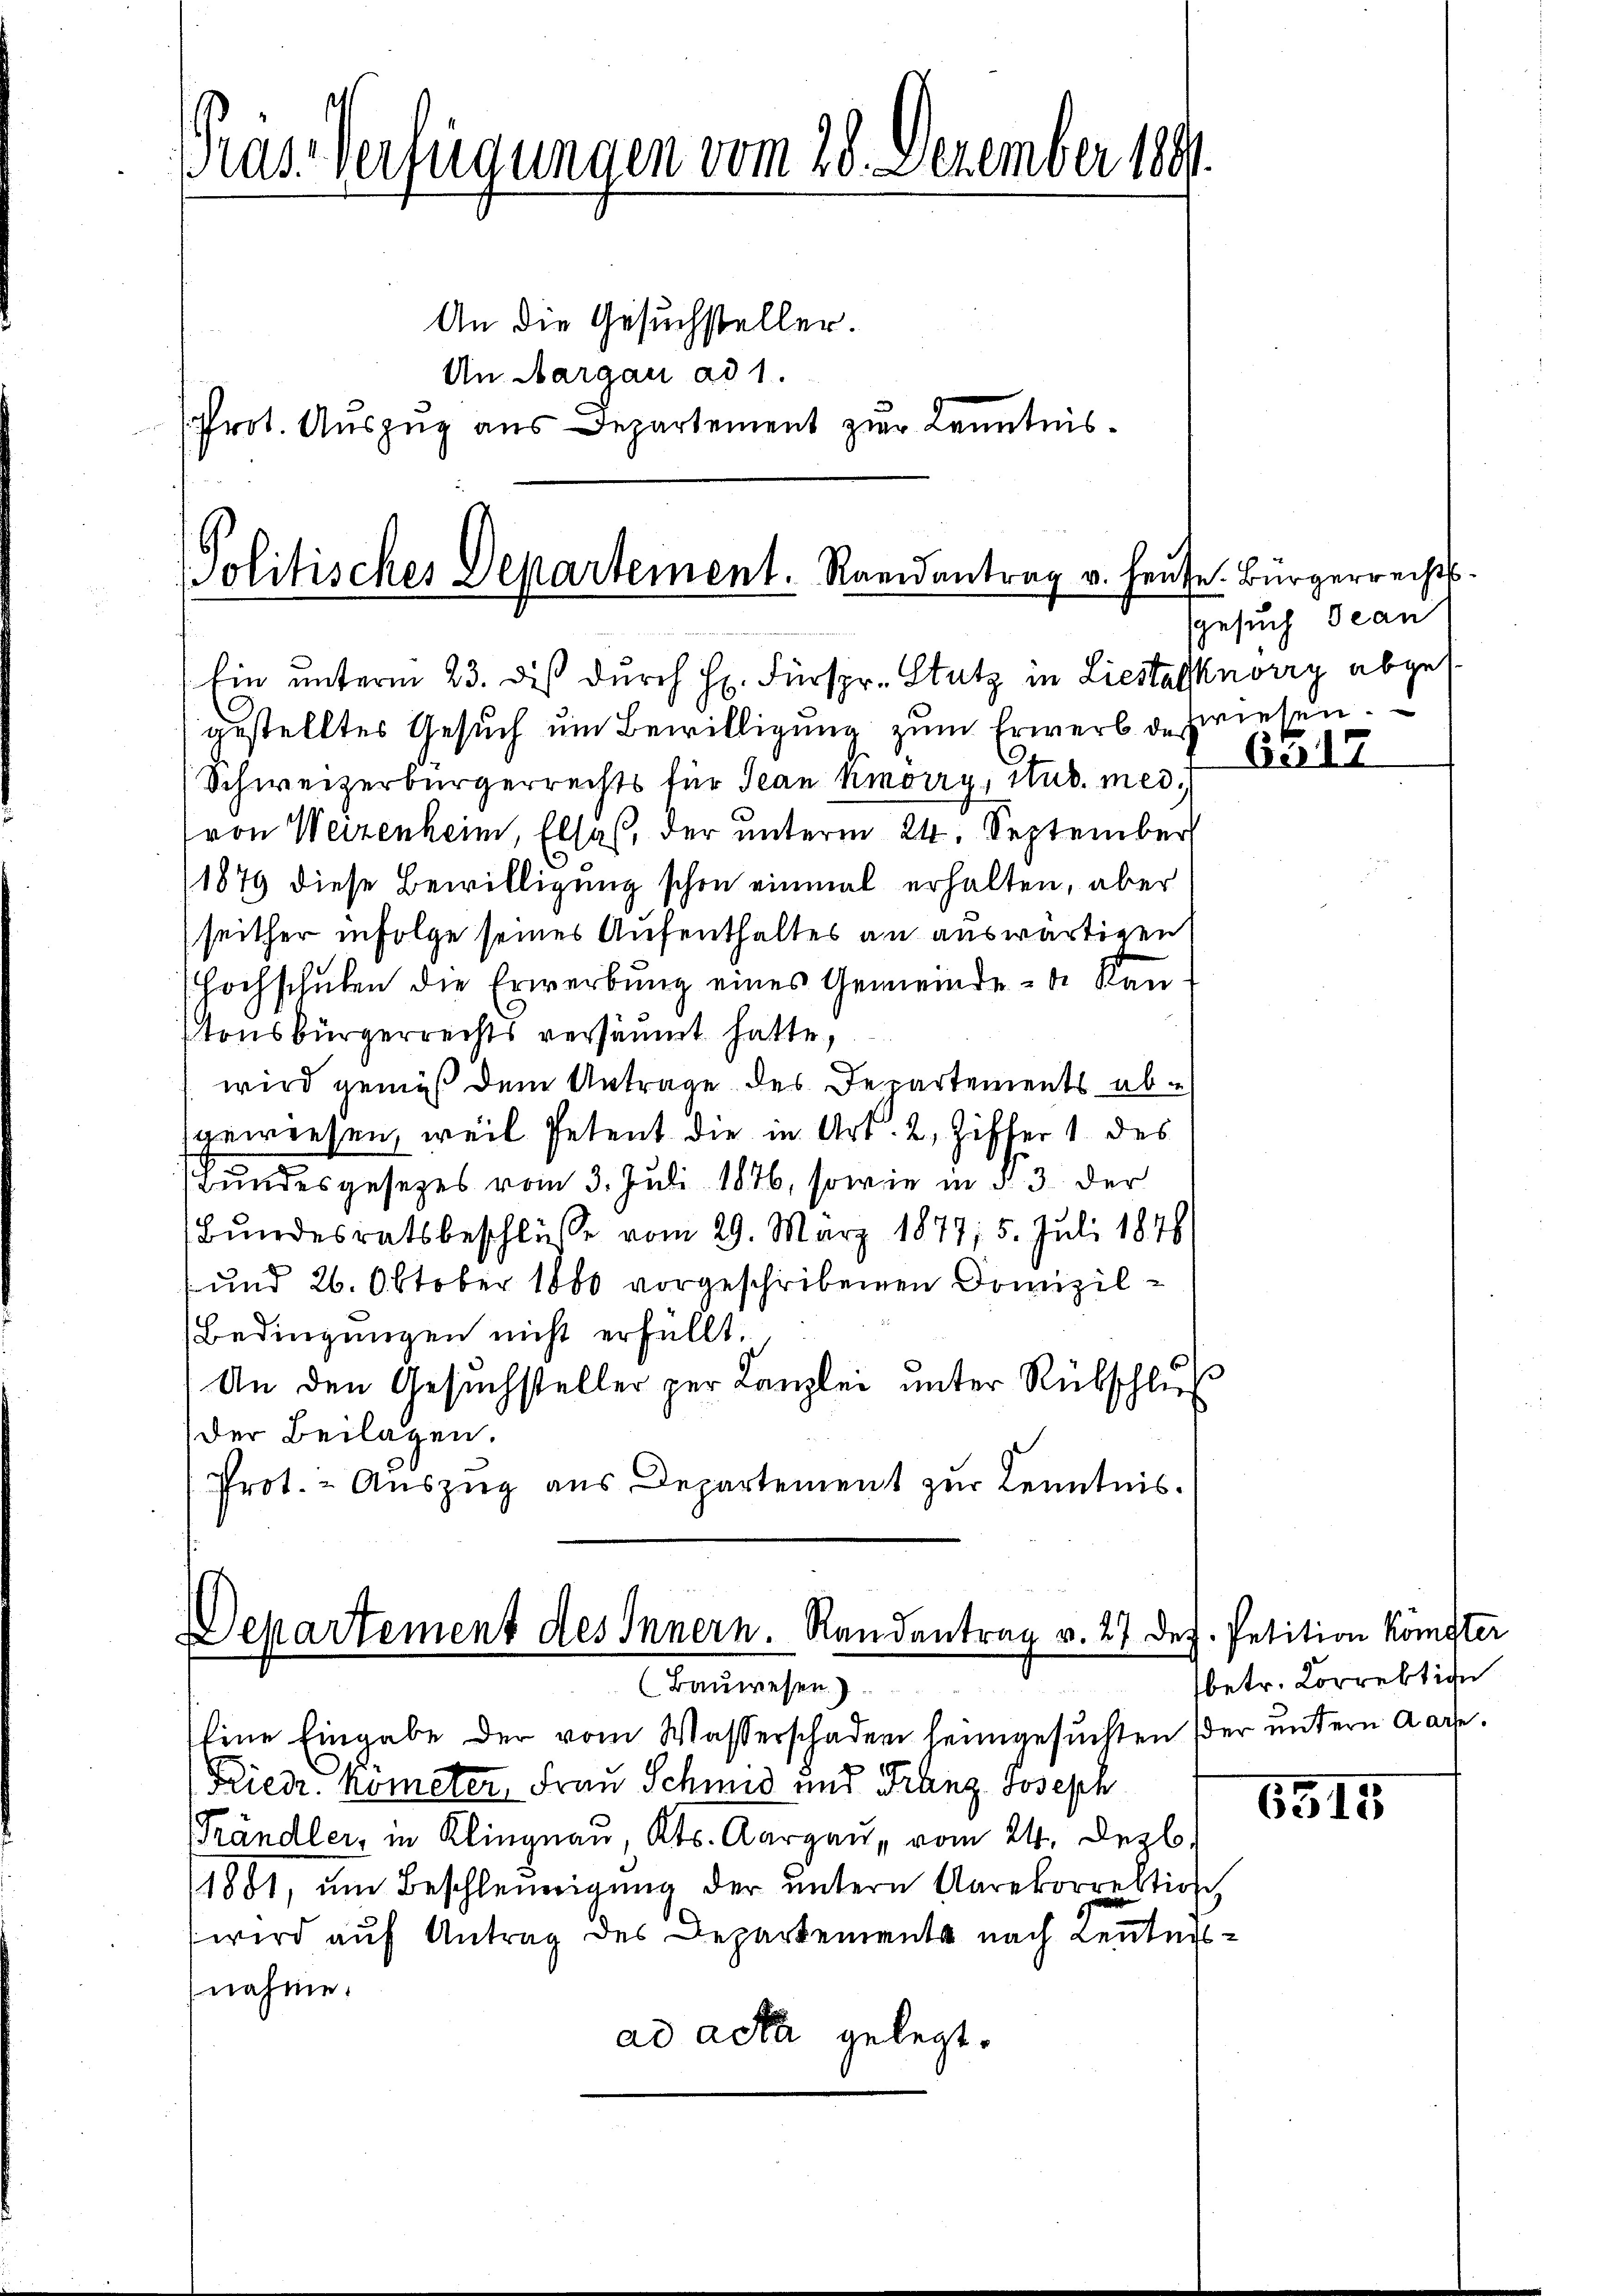
Pras Verfügungen vom 28. Dezember 1891.
An die Gesuchsteller.
An Aargau ad 1.
Prot. Auszug aus Departement zur Kenntnis¬

Politisches Departement. Reidantrag v. Heute. Bürgerrechts¬
Ein unterm 23. dieß durch H. Fürspr. Stutz in Liestalknorry abge¬

gestelltes Gesuch um Bewilligung zum Erwerb der wiesen.
Schweizerbürgerrechts für Jean hmorry, Stud. med.
(von Weizenheim, Elsaß, der unterm 24. September
1879 diese Bewilligung schon einmal erhalten, aber
(seither in Folge seines Aufenthaltes an auswärtigen
(Hochschulen die Erwerbung eines Gemeinde- u. Kan
tonsbürgerrechts versäumt hatte,
wird gemäß dem Antrage des Departements abgewiesen, weil Petent die in Art. 2, Ziffer 1 des
Bundesgesetzes vom 3. Juli 1876, sowie in § 3 der
Bundesratsbeschlüsse vom 29. März 1877; 5. Juli 1848
/ und 26. Oktober 1880 vorgeschribenen Domizil¬
Bedingungen nicht erfüllt.
An den Gesuchsteller zur Kanzlei unter Rükschluß
Der Beilagen.
Prot. - Aŭszŭg aŭs Departement zŭr Kenntnis.

Departement des Innern. Randantrag v. 27 Dez. Petition kömster
(Bauwesen.

sgesuch Jean

fene Eingabe der vom Wasserschaden heimgesuchten der untern Karte.
Friedr. Kömeter, Frau Schmid und Franz Joseph
Trändler, in Klingnau, Kts. Aargau, vom 24. Dezb
1881, um Beschleunigung der untern Unrekorrektion
wird auf Antrag des Departements nach Leutersnahme.
ad acta gelegt.

6517

betr. Korrektion

6515